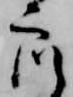
衆